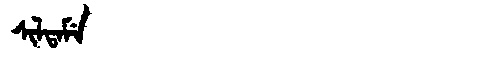
Manchu: ᠰᡳᠯᡨᠠᠮᡝ
Romanization: SILTAME